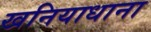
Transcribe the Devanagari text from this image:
खनियाधाना